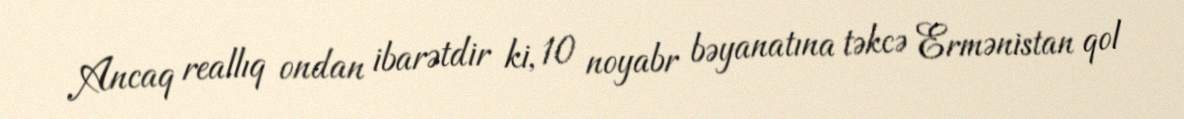
Ancaq reallıq ondan ibarətdir ki, 10 noyabr bəyanatına təkcə Ermənistan qol